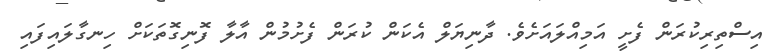
އިސްތިރިކުރަން ފެށީ އަމިއްލައަށެވެ. ދާނިޔަލް އެކަން ކުރަން ފެށުމުން އާލާ ފޮނިގޮތަކަށް ހިނގާލައިފައި